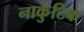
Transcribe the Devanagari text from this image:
नार्कुटिक